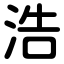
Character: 浩